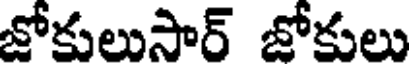
జోకులుసార్ జోకులు